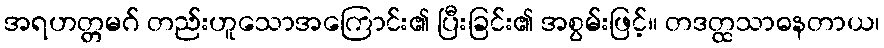
အရဟတ္တမဂ် တည်းဟူသောအကြောင်း၏ ပြီးခြင်း၏ အစွမ်းဖြင့်။ တဒတ္ထသာဓနတာယ၊